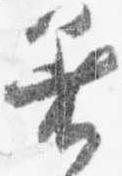
着